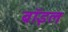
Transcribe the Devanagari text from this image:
ब्रॉइल